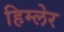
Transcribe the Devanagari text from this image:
हिम्लेर